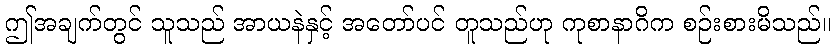
ဤအချက်တွင် သူသည် အာယနဲနှင့် အတော်ပင် တူသည်ဟု ကုစာနာဂိက စဉ်းစားမိသည်။